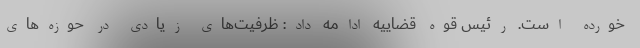
خورده است. رئیس قوه قضاییه ادامه داد: ظرفیت‌های زیادی در حوزه‌های